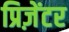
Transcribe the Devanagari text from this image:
प्रिज़ेंटर